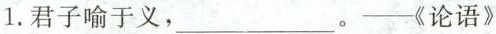
1.君子喻于义，___。——《论语》